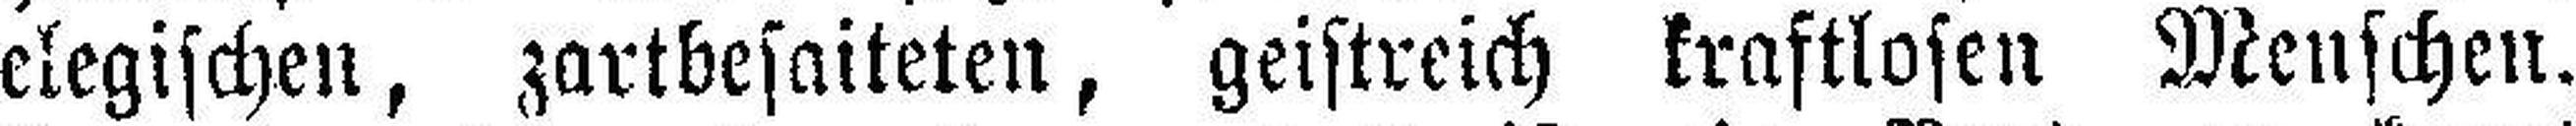
elegischen, zartbesaiteten, geistreich kraftlosen Menschen.